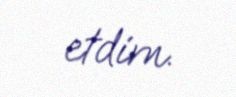
etdim.